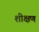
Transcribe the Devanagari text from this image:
शीक्षण